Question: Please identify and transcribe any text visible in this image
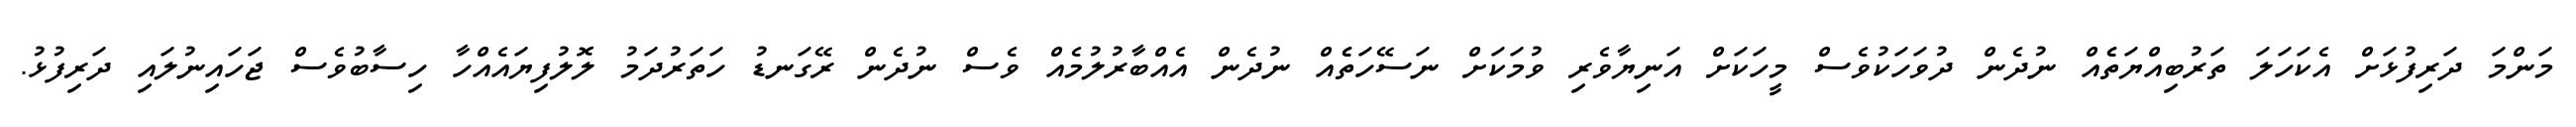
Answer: މަންމަ ދަރިފުޅަށް އެކަހަލަ ތަރުބިއްޔަތެެއް ނުދެން ދުވަހަކުވެސް މީހަކަށް އަނިޔާވެރި ވުމަކަށް ނަސޭހަތެެއް ނުދެން އެއްބާރުލުމެއް ވެސް ނުދެން ރޭގަނޑު ހަތަރުދަމު ލޮލުފިޔައެއްހާ ހިސާބުވެސް ޖަހައިނުލައި ދަރިފުޅު.